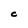
Character: C